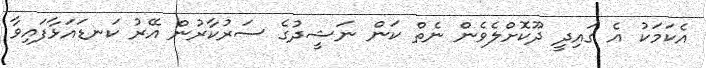
އެކަމަކު އެ ގައިދީ ދޫކޮށްލެވެން ނެތް ކަން ނަޝީދުގެ ސަރުކާރުން އޭރު ކަނޑައަޅާފައިވާ